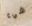
شيء